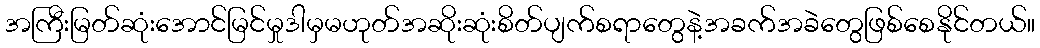
အကြီးမြတ်ဆုံးအောင်မြင်မှုဒါမှမဟုတ်အဆိုးဆုံးစိတ်ပျက်စရာတွေနဲ့အခက်အခဲတွေဖြစ်စေနိုင်တယ်။